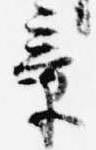
章